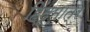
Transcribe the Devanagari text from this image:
हिंदूमात्र